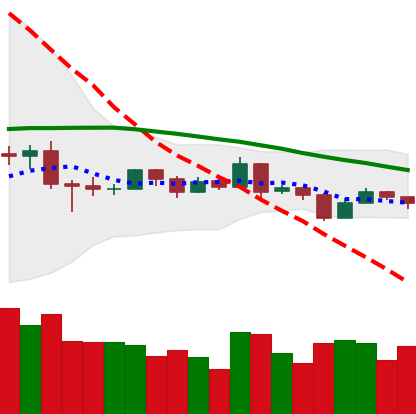
Ticker: EOS-USD
Chart end date: 2019-08-13
Forward return: -8.905%
Label: down_7plus